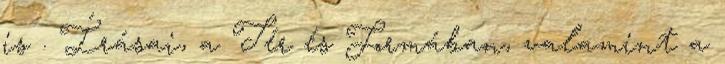
is . Írásai, a Tér és Formában, valamint a